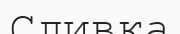
Сливка